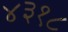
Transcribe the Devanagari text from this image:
४३१८